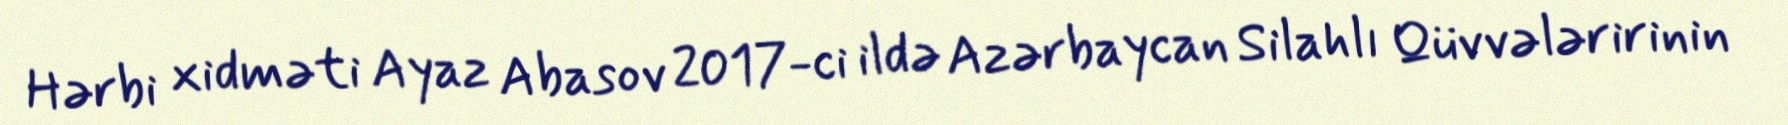
Hərbi xidməti Ayaz Abasov 2017-ci ildə Azərbaycan Silahlı Qüvvələririnin